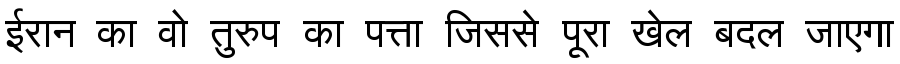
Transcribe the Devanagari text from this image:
ईरान का वो तुरुप का पत्ता जिससे पूरा खेल बदल जाएगा